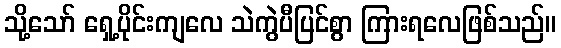
သို့သော် ရှေ့ပိုင်းကျလေ သဲကွဲပီပြင်စွာ ကြားရလေဖြစ်သည်။